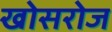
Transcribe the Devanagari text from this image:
खोसरोज